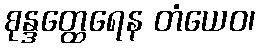
စုန္ဒတ္ထေရေန တံယေဝ၊